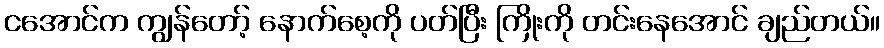
ငအောင်က ကျွန်တော့် နောက်စေ့ကို ပတ်ပြီး ကြိုးကို တင်းနေအောင် ချည်တယ်။